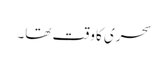
سحری کا وقت تھا۔